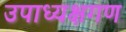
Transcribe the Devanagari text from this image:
उपाध्यक्षगण